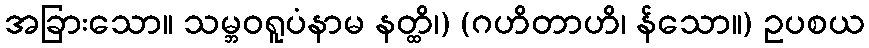
အခြားသော။ သမ္ဘဝရူပံနာမ နတ္ထိ၊) (ဂဟိတာဟိ၊ န်သော။) ဥပစယ